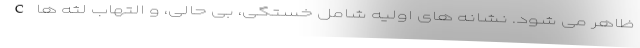
C ظاهر می شود. نشانه های اولیه شامل خستگی، بی حالی، و التهاب لثه ها